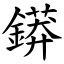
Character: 䥈